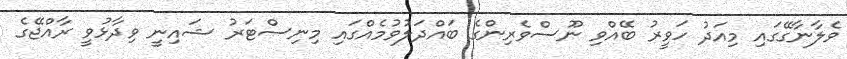
ވެލާނާގޭގައި މިއަދު ހަވީރު ބޭއްވި ނޫސްވެރިންގެ ބައްދަލުވުމެއްގައި މިނިސްޓަރު ޝައިނީ ވިދާޅުވީ ރާއްޖޭގެ